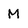
Character: M